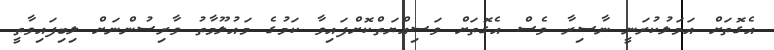
އެގޮތަށް އަމަލުކުރަނީ ނާސިރާ ވެސް އެގޮތަށް ވަސިއްޔަތްކޮށްފައިވާ ކަމުގެ މައުލޫމާތު ވާރިސުންނަށް ލިބިފައިވާތީ